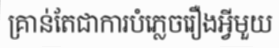
គ្រាន់តែជាការបំភ្លេចរឿងអ្វីមួយ